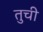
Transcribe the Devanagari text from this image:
तुची